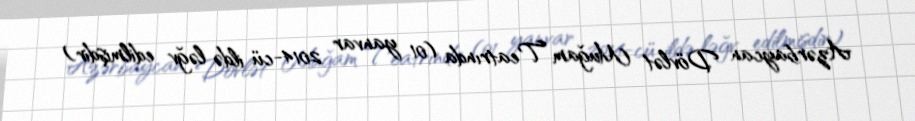
Azərbaycan Dövlət Muğam Teatrında (01 yanvar 2014-cü ildə ləğv edilmişdir)